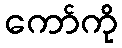
ကော်ကို